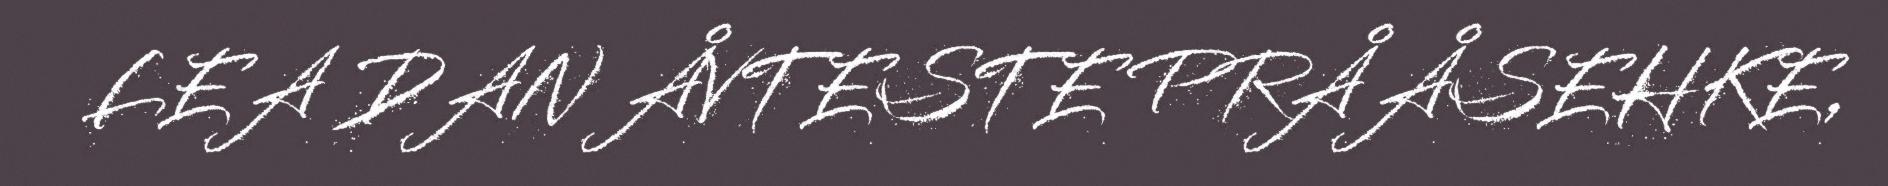
LEA DAN ÅVTESTE PRÅÅSEHKE,